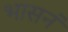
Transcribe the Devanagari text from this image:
भासनं